Annual report of the Punjab Veterinary College and of the Civil Veterinary Department, Punjab - 1926-1932
Year: 1926
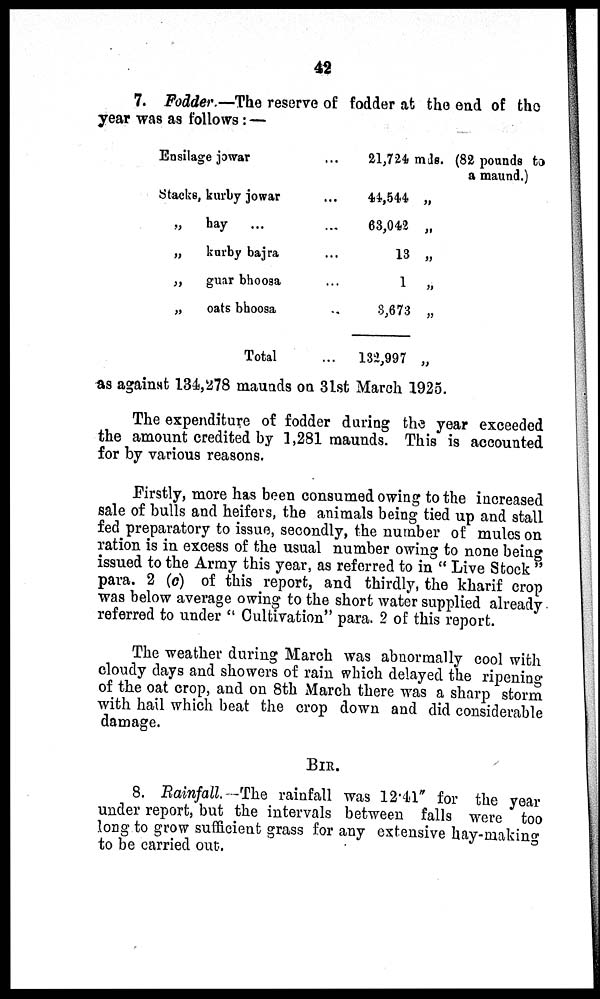
42
7. Fodder.—The reserve of fodder at the end of the
year was as follows:—
Ensilage jowar
Stacks, kurby jowar ...
„
hay
...
„
karby bajra ...
„
guar bhoosa ...
„
oats bhoosa ...
Total
21,724 mds.
44,544 „
63,042 „
13 „
1 „
3,673 „
132,
997
„
(82 pounds to
a maund.)
as against 134,278 maunds on 31st March 1925.
The expenditure of fodder during the year exceeded
the amount credited by 1,281 maunds. This is accounted
for by various reasons.
Firstly, more has been consumed owing to the increased
sale of bulls and heifers, the animals being tied up and stall
fed preparatory to issue, secondly, the number of mules on
ration is in excess of the usual number owing to none being
issued to the Army this year, as referred to in "Live Stock"
para. 2 (c) of this report, and thirdly, the kharif crop
was below average owing to the short water supplied already
referred to under "Cultivation" para. 2 of this report.
The weather during March was abnormally cool with
cloudy days and showers of rain which delayed the ripening
of the oat crop, and on 8th March there was a sharp storm
with hail which beat the crop down and did considerable
damage.
BIR.
8. Rainfall.—The rainfall was 12.41" for the year
under report, but the intervals between falls were too
long to grow sufficient grass for any extensive hay-making
to be carried out.